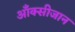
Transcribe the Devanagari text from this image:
आँक्सीजान